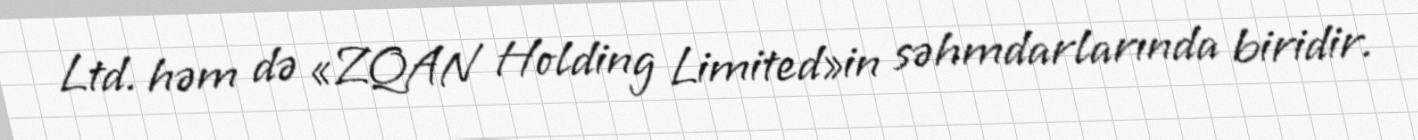
Ltd. həm də «ZQAN Holding Limited»in səhmdarlarında biridir.